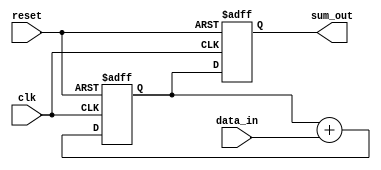
module Cascaded_Accumulator (
    input clk,
    input reset,
    input signed [31:0] data_in,
    output reg signed [31:0] sum_out
);

reg signed [31:0] sum_temp;

always @(posedge clk or posedge reset) begin
    if (reset) begin
        sum_temp <= 32'b0;
        sum_out <= 32'b0;
    end else begin
        sum_temp <= sum_temp + data_in;
        sum_out <= sum_temp;
    end
end

endmodule